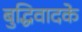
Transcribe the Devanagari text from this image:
बुद्धिवादके